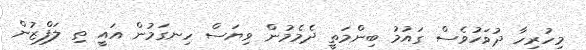
މިހުރިހާ ދުވަހުވެސް ގައުމު ބިންމަތީ ދެމެމުން ވިޔަސް ހިނގަމުުން އައީ ތި ލަފްޒުން